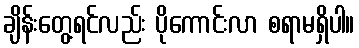
ချိန်းတွေ့ရင်လည်း ပိုကောင်းလာ စရာမရှိပါ။